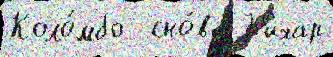
Коло́мбо  сно́ва Б'ихар